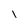
Character: 1